Indian journal of veterinary science and animal husbandry - Volume 8,
Year: 1938
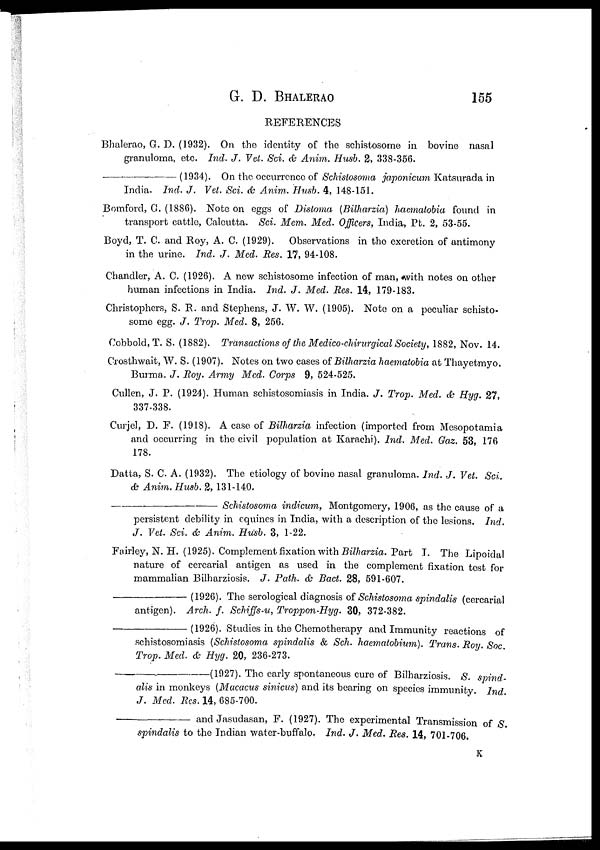
G. D.
BHALERAO
155
REFERENCES
Bhalerao, G. D. (1932). On the identity of the schistosome in bovine nasal
granuloma, etc. Ind. J. Vet. Sci. & Anim. Husb. 2, 338-356.
—(1934).
On the occurrence of Schistosoma japonicum Katsurada in
India. Ind. J. Vet. Sci. & Anim. Husb. 4, 148-151.
Bomford, G. (1886). Note on eggs of Distoma (Bilharzia) haematobia found in
transport cattle, Calcutta. Sci. Mem. Med. Officers, India, Pt. 2, 53-55.
Boyd, T. C. and Roy, A. C. (1929). Observations in the excretion of antimony
in the urine. Ind. J. Med. Res. 17, 94-108.
Chandler, A. C. (1926). A new schistosome infection of man, with notes on other
human infections in India. Ind. J. Med. Res. 14, 179-183.
Christophers, S. R. and Stephens, J. W. W. (1905). Note on a peculiar schisto-
some egg. J. Trop. Med. 8, 256.
Cobbold, T. S. (1882). Transactions of the Medico-chirurgical Society, 1882, Nov. 14.
Crosthwait, W. S. (1907). Notes on two cases of Bilharzia haematobia at Thayetmyo.
Burma. J. Roy. Army Med. Corps 9, 524-525.
Cullen, J. P. (1924). Human schistosomiasis in India. J. Trop. Med. & Hyg. 27,
337-338.
Curjel, D. F. (1918). A case of Bilharzia infection (imported from Mesopotamia
and occurring in the civil population at Karachi). Ind. Med. Gaz. 53, 176
178.
Datta, S. C. A. (1932). The etiology of bovine nasal granuloma. Ind. J. Vet. Sci.
& Anim. Husb. 2, 131-140.
—Schistosoma
indicum, Montgomery, 1906, as the cause of a
persistent debility in equines in India, with a description of the lesions. Ind.
J. Vet. Sci. & Anim. Husb. 3, 1-22.
Fairley, N. H. (1925). Complement fixation with Bilharzia. Part I. The Lipoidal
nature of cercarial antigen as used in the complement fixation test for
mammalian Bilharziosis. J. Path. & Bact. 28, 591-607.
—(1926).
The serological diagnosis of Schistosoma spindalis (cercarial
antigen). Arch. f. Schiffs-u, Troppon-Hyg. 30, 372-382.
—(1926).
Studies in the Chemotherapy and Immunity reactions of
schistosomiasis (Schistosoma spindalis & Sch. haematobium). Trans. Roy. Soc.
Trop. Med. & Hyg. 20, 236-273.
—(1927).
The early spontaneous cure of Bilharziosis. S. spind-
alis in monkeys (Macacus sinicus) and its bearing on species immunity. Ind.
J. Med. Res. 14, 685-700.
—
and Jasudasan, F. (1927). The experimental Transmission of S.
spindalis to the Indian water-buffalo. Ind. J. Med. Res. 14, 701-706.
K